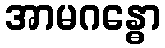
အာမဂန္ဓော